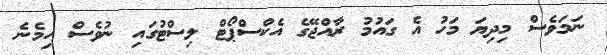
ނަމަވެސް މިދިޔަ މަހު އެ ގައުމު ރާއްޖޭގެ އެކްސްޕޯޓް ލިސްޓުގައި ނުވެސް ހިމެނެ